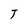
Character: T